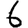
Digit: 6